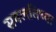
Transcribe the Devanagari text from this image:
सवलतिच्या